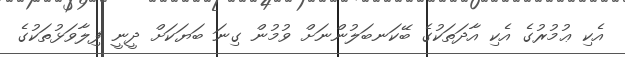
އެކި ޢުމުރުގެ އެކި އާދަތަކުގެ ބޭކަނބަލުންނަށް ވުމުން ގިނަ ބަޔަކަށް ދީނީ ފިލާވަޅުތަކުގެ